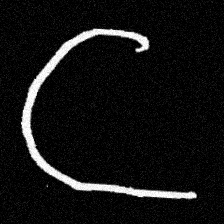
Pyu character \u2014 Myanmar letter: ဋ (romanized: tta)